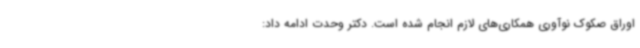
اوراق صکوک نوآوری همکاری‌های لازم انجام شده است. دکتر وحدت ادامه داد: